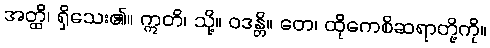
အတ္ထိ၊ ရှိသေး၏။ ဣတိ၊ သို့။ ဝဒန္တိ။ တေ၊ ထိုကေစိဆရာတို့ကို။